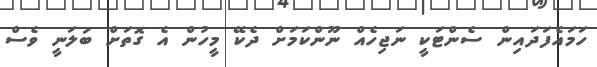
ހަމައެފަދައިން ސެންޓަކީ ނަޖިހެއް ނޫންކަމަށް ދެކޭ މީހުން އެ ގޮތަށް ބަލަނީ ވެސް